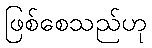
ဖြစ်စေသည်ဟု